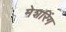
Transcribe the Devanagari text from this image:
मेशरिंग